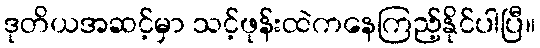
ဒုတိယအဆင့်မှာ သင့်ဖုန်းထဲကနေကြည့်နိုင်ပါပြီ။